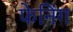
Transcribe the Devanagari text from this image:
फेनिंग